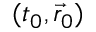
( t _ { 0 } , \vec { r } _ { 0 } )